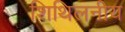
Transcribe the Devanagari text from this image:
शिथिलनीय